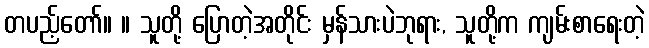
တပည့်တော်။ ။ သူတို့ ပြောတဲ့အတိုင်း မှန်သားပဲဘုရား, သူတို့က ကျမ်းစာရေးတဲ့